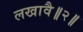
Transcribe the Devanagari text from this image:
लखावै॥२॥